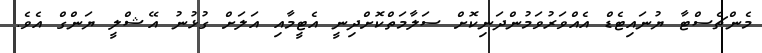
މެންޗެސްޓާ ޔުނައިޓެޑް އެއްވަރުވަމުންދަނިކޮށް ސަލާމަތްކޮށްދިނީ އެޓީމާއި އަލަށް ގުޅުނު އޭޝްލީ ޔަންގް އެވެ.